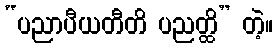
“ပညာပီယတီတိ ပညတ္ထိ” တဲ့။